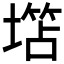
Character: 𱗲